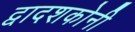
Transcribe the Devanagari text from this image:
द्वादशकोनी